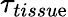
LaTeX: \tau_{tissu\mathrm{e}}